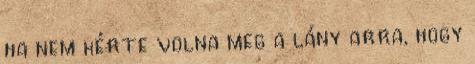
ha nem kérte volna meg a lány arra, hogy